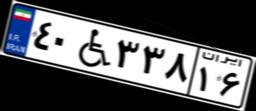
۴۰W۳۳۸۱۶